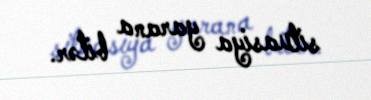
situasiya yarana bilər.